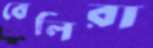
বেলিরা